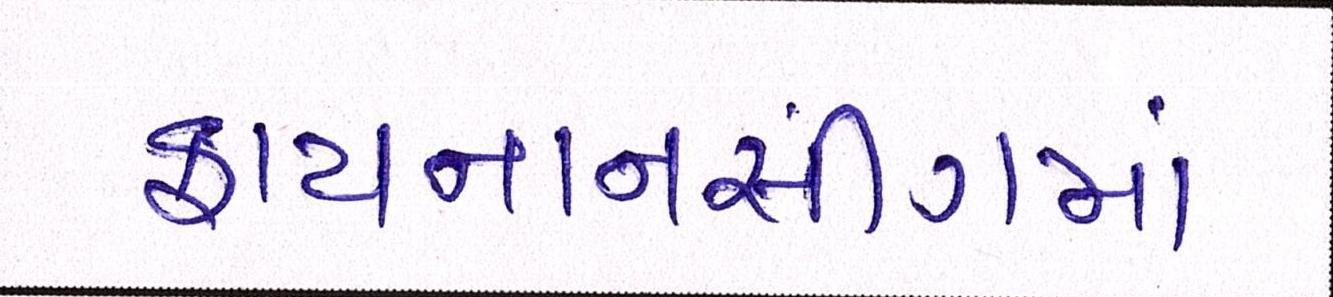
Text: ફાઈનાનસીંગમાં